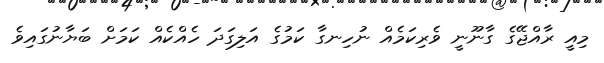
މިއީ ރާއްޖޭގެ ގާނޫނީ ވެރިކަމެއް ނުހިނގާ ކަމުގެ އަލިގަދަ ހެއްކެއް ކަމަށް ބަޔާނުގައިވެ